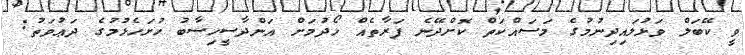
ވީ ކޭބަލް ވަޅުލައިދިނުމުގެ މަސައްކަތް ކޮށްދޭނެ ފަރާތެއް ހޯދުމަށް އަންދާސީހިސާބު ހުށަހެޅުމުގެ ދަޢުވަތު: